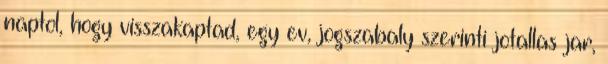
naptol, hogy visszakaptad, egy ev, jogszabaly szerinti jotallas jar,